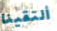
ألتقينا